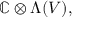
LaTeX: \mathbb { C } \otimes \Lambda ( V ) ,